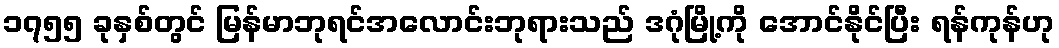
၁၇၅၅ ခုနှစ်တွင် မြန်မာဘုရင်အလောင်းဘုရားသည် ဒဂုံမြို့ကို အောင်နိုင်ပြီး ရန်ကုန်ဟု